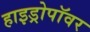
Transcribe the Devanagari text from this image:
हाइड्रोपॉवर